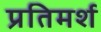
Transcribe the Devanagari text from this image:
प्रतिमर्श